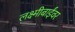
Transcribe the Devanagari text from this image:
लक्ष्मीबाईंवर